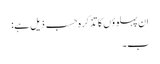
ان پہلوؤں کا تذکرہ حسب ذیل ہے:
ب۔